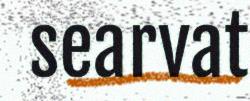
searvat